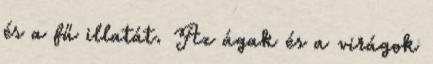
és a fű illatát. Az ágak és a virágok